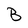
Character: B